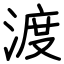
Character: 渡